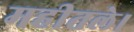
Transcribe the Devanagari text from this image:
महीतले।